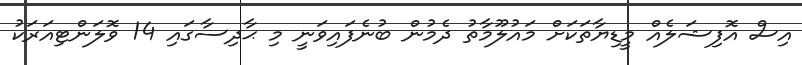
އިސް އޮފިޝަލެއް މީޑިޔާތަކަށް މައުލޫމާތު ދެމުން ބުނެފައިވަނީ މި ޙާދިސާގައި 14 ވޮލަންޓިއަރަކު